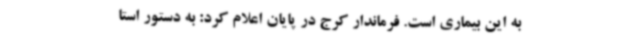
به این بیماری است. فرماندار کرج در پایان اعلام کرد: به دستور استا